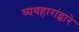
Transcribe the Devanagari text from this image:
व्यवहारांद्वारे